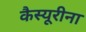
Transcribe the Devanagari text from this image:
कैस्यूरीना